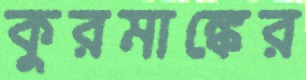
কুরমাঙ্কের